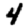
Digit: 4